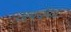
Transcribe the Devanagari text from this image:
अथर्वणाः